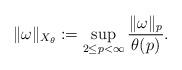
LaTeX: \begin{align*} \| \omega \|_{X_{\theta}} := \sup_{2\le p<\infty} \frac{\| \omega \|_p} {\theta(p)}.\end{align*}